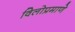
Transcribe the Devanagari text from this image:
विलोप्रमाणे